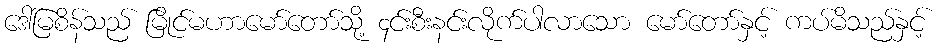
ဒေါ်မြစိန်သည် မြိုင်မဟာမော်တော်သို့ ၄င်းစီးနင်းလိုက်ပါလာသော မော်တော်နှင့် ကပ်မိသည်နှင့်